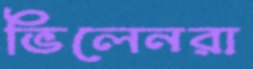
ভিলেনরা